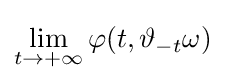
\lim _{t\to +\infty }\varphi (t,\vartheta _{-t}\omega )